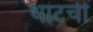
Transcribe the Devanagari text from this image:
थांटची